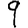
Digit: 9